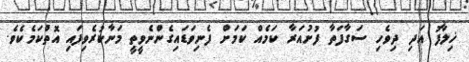
ޚިލާފު އަދި ދިވެހި ސަގާފަތާ ފުށުއަރާ ކަމެއް ކަމަށް ފެނިވަޑައިގެންނެވީތީ މަނާކުރެވިފައި އޮތްކަމެކެވެ.